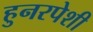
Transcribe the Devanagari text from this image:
हुनरपेशी